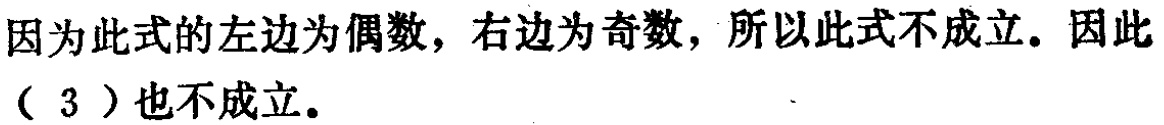
因为此式的左边为偶数，右边为奇数，所以此式不成立。因此（3）也不成立。